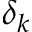
\delta _ { k }